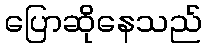
ပြောဆိုနေသည်